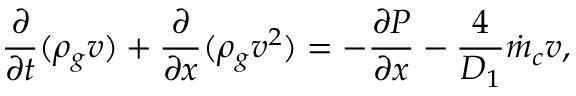
\frac { \partial } { \partial t } ( \rho _ { g } v ) + \frac { \partial } { \partial x } ( \rho _ { g } v ^ { 2 } ) = - \frac { \partial P } { \partial x } - \frac { 4 } { D _ { 1 } } \dot { m } _ { c } v ,